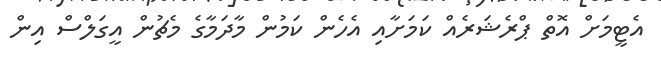
އެޓީމަށް އޮތް ޕްރެޝަރެއް ކަމަށާއި އެހެން ކަމުން މާދަމާގެ މެޗުން އީގަލްސް އިން